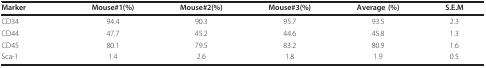
| Marker | Mouse#1(%) | Mouse#2(%) | Mouse#3(%) | Average (%) | S.E.M |
 | --- | --- | --- | --- | --- | --- |
 | CD34 | 94.4 | 90.3 | 95.7 | 93.5 | 2.3 |
 | CD44 | 47.7 | 45.2 | 44.6 | 45.8 | 1.3 |
 | CD45 | 80.1 | 79.5 | 83.2 | 80.9 | 1.6 |
 | Sca-1 | 1.4 | 2.6 | 1.8 | 1.9 | 0.5 |